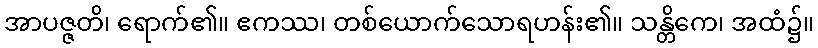
အာပဇ္ဇတိ၊ ရောက်၏။ ဧကဿ၊ တစ်ယောက်သောရဟန်း၏။ သန္တိကေ၊ အထံ၌။